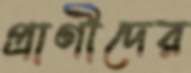
প্রাণীদের